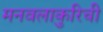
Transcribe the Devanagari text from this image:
मनवलाकुरिची